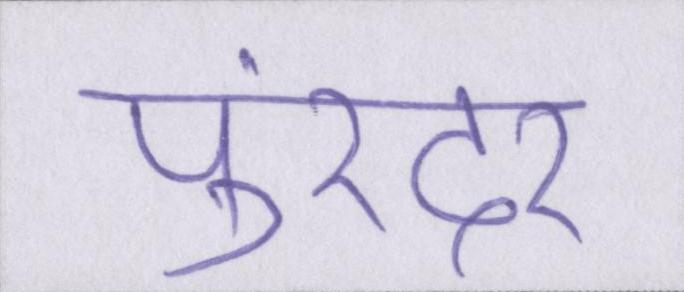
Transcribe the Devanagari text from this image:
पुरंदर